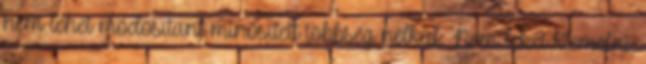
nem lehet módosítani minősített többség nélkül. Nem lehet kiemelni,